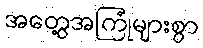
အတွေ့အကြုံများစွာ